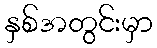
နှစ်အတွင်းမှာ